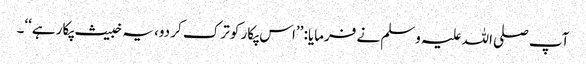
آپ صلی اللہ علیہ وسلم نے فرمایا: ’’اس پکار کو ترک کر دو، یہ خبیث پکار ہے‘‘۔